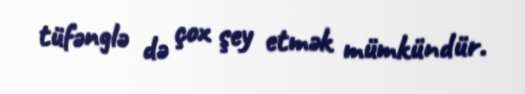
tüfənglə də çox şey etmək mümkündür.